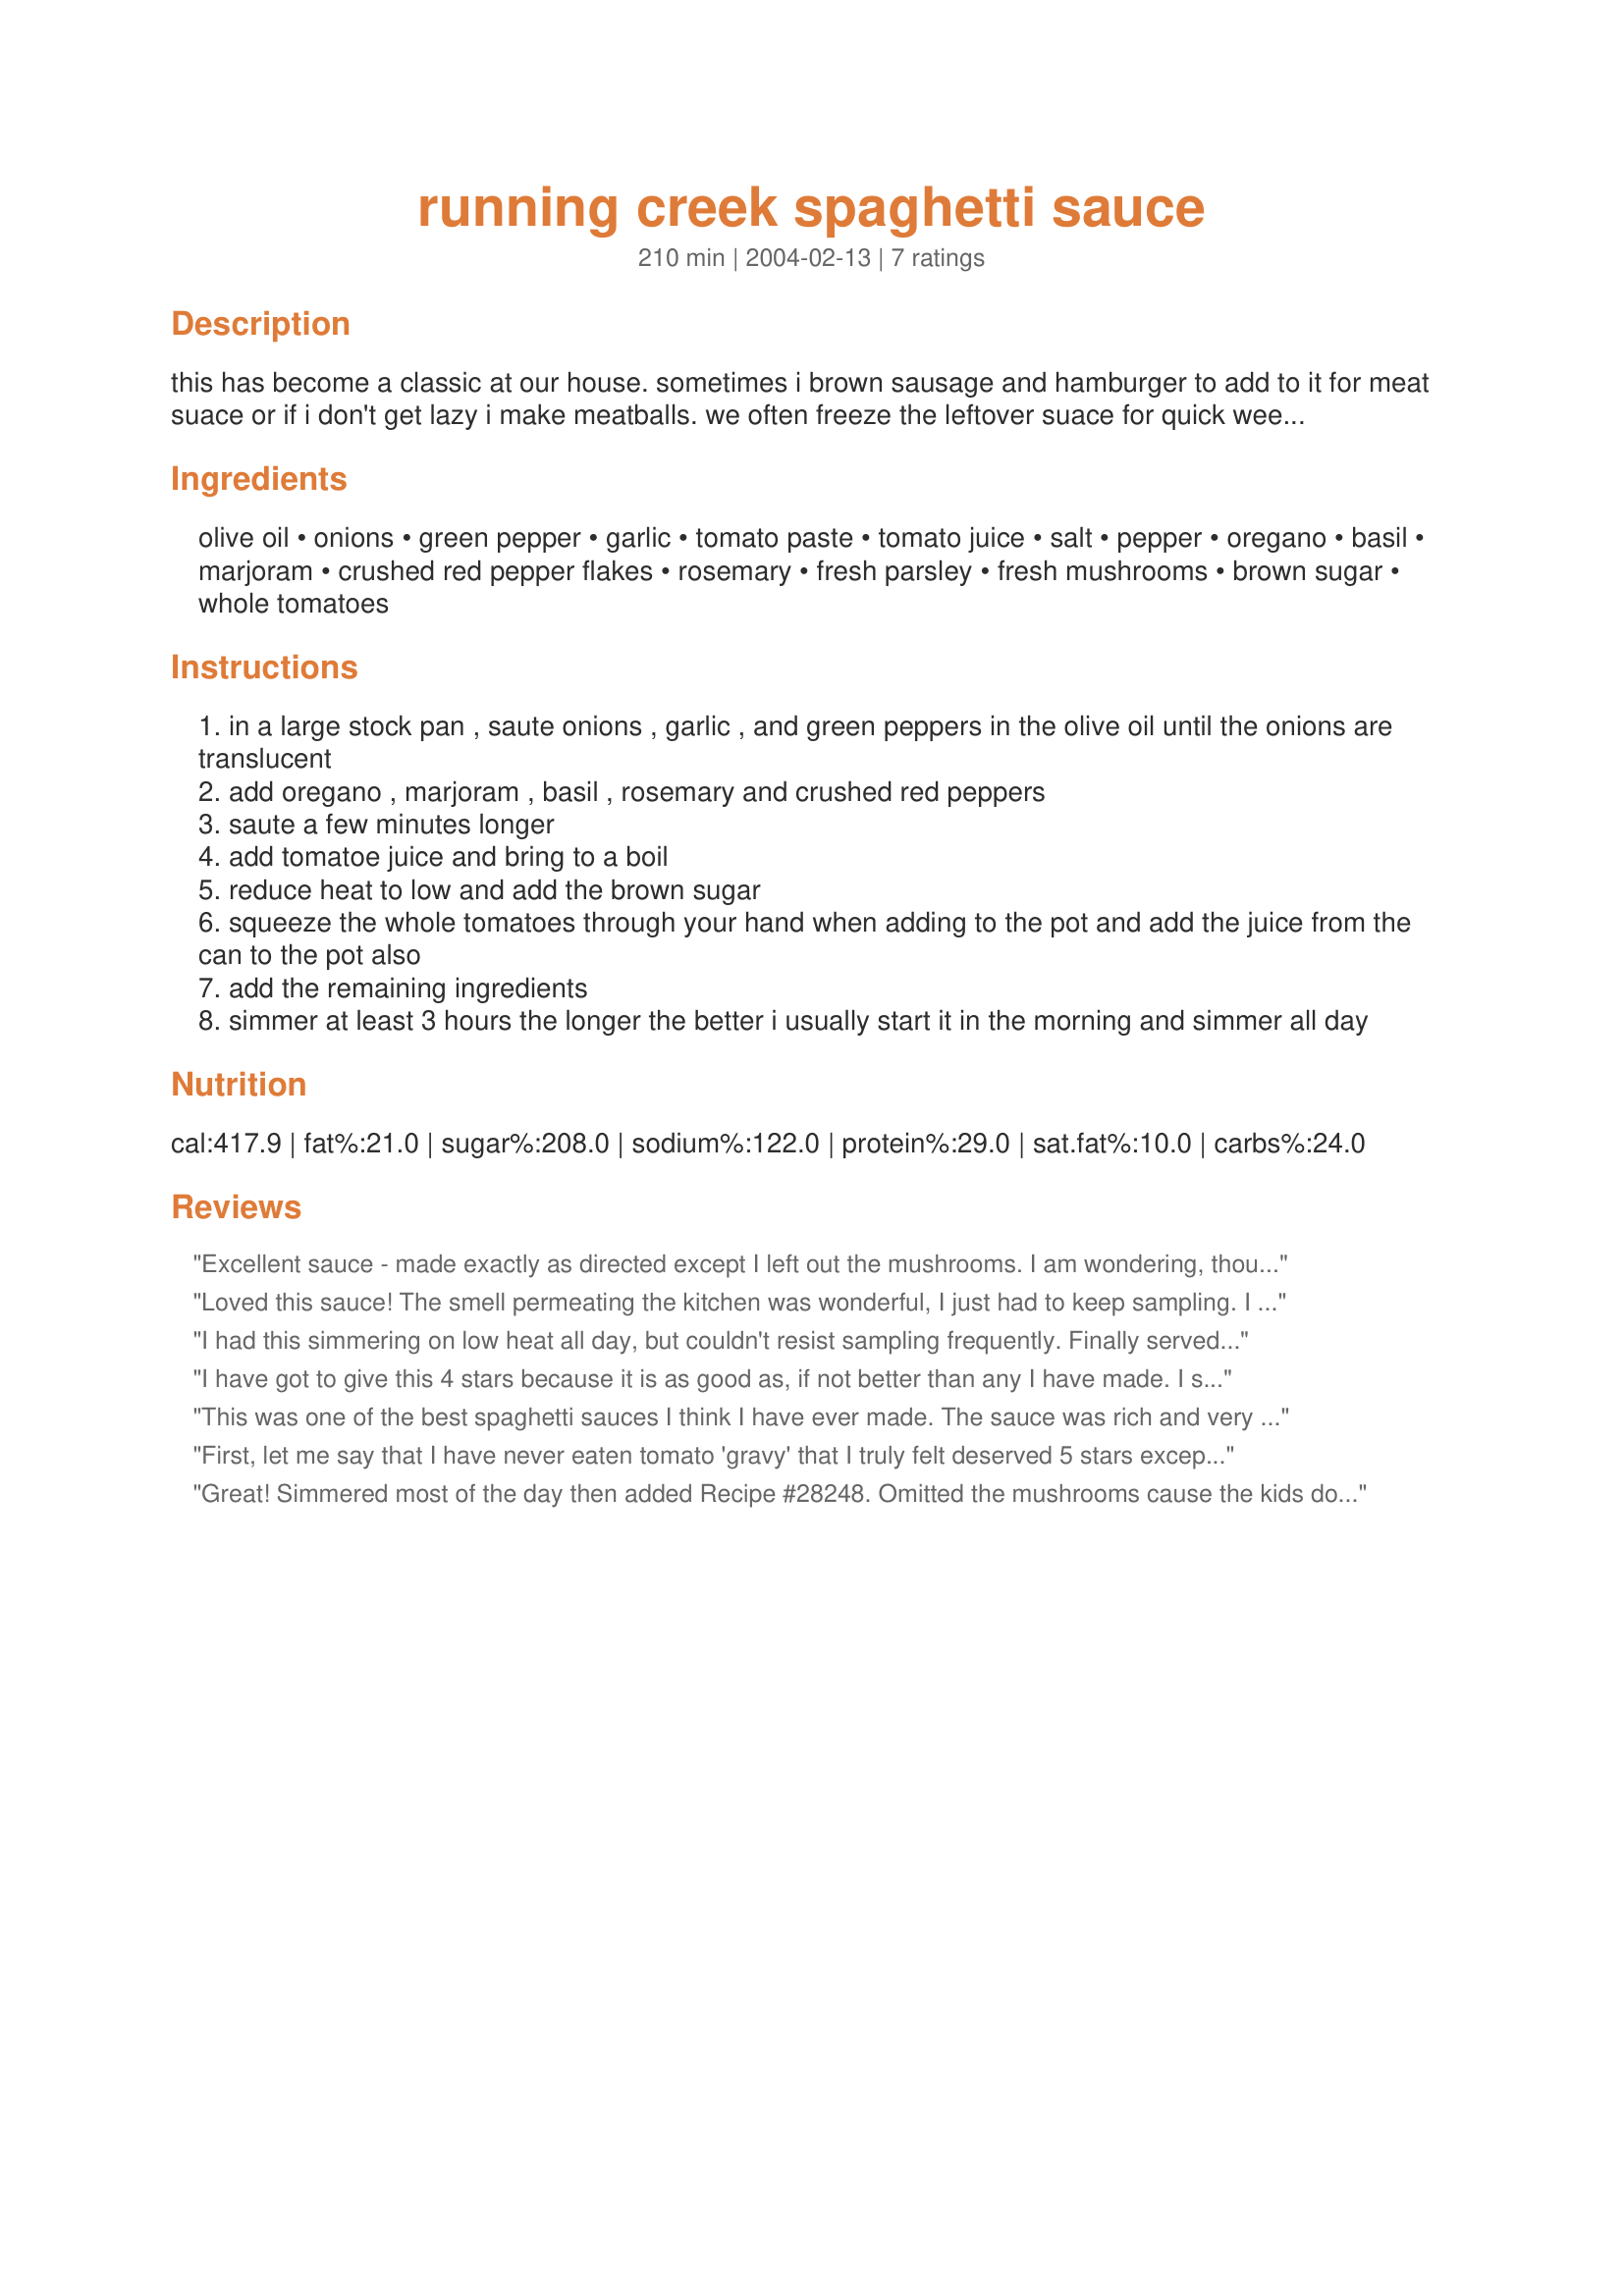
running creek spaghetti sauce
Preparation time: 210 minutes

this has become a classic at our house. sometimes i brown sausage and hamburger to add to it for meat suace or if i don't get lazy i make meatballs. we often freeze the leftover suace for quick weekday meals.

Ingredients:
olive oil, onions, green pepper, garlic, tomato paste, tomato juice, salt, pepper, oregano, basil, marjoram, crushed red pepper flakes, rosemary, fresh parsley, fresh mushrooms, brown sugar, whole tomatoes

Steps:
in a large stock pan , saute onions , garlic , and green peppers in the olive oil until the onions are translucent
add oregano , marjoram , basil , rosemary and crushed red peppers
saute a few minutes longer
add tomatoe juice and bring to a boil
reduce heat to low and add the brown sugar
squeeze the whole tomatoes through your hand when adding to the pot and add the juice from the can to the pot also
add the remaining ingredients
simmer at least 3 hours the longer the better i usually start it in the morning and simmer all day

Reviews:
Excellent sauce - made exactly as directed except I left out the mushrooms. I am wondering, though, is the fresh parsley necessary? I didn't notice the taste of it and went out to buy it specifically. Next time I'll try dried to see if I can taste the difference. I also might leave out the green pepper as my family is not a fan (although no one complained). Thank you for sharing your recipe!
Loved this sauce! The smell permeating the kitchen was wonderful, I just had to keep sampling. I love this recipe because of all the spices. The only thing I changed, was I only used 1/2 pound of mushrooms and that was only because I am not a fan of the fungi but my husband is, so I met him halfway on the amount. Thanks for another great recipe, Roger!
I had this simmering on low heat all day, but couldn't resist sampling frequently. Finally served it over fettucini mixed with steamed zucchini and peppers. Absolutely superb--I plan to keep this as my "company" pasta sauce. Used no meat this time, but I look forward to trying it with beef or sausage.
I have got to give this 4 stars because it is as good as, if not better than any I have made. I still am looking for that one that knocks my socks off. My cousin used to live with me and she made one that did. She's just KookY and I can't seem to get the recipe from her. Or is she smart??? Anyway this is very good, just not as good as hers. So 4 stars.
This was one of the best spaghetti sauces I think I have ever made. The sauce was rich and very flavorful. Had a wonderful blend of spices. I made the first batch making only half the recipe but ended up testing it so much during the day I had to make the other half. Made the second batch with 1 pound of hamburger meat, just to see if it made any difference, but it didn't add much at all to this wonderful recipe. Thanks Roger for a great recipe.
First, let me say that I have never eaten tomato 'gravy' that I truly felt deserved 5 stars except in Italy. In this case, 4 stars should be considered a rave review! After simmering most of the day, the sauce was deep and rich in flavor and absolutely delicious! I served it to a group of my children's friends --twentysomethings who appreciate good food. Two of them (whose mothers are wonderful cooks) said it was the best they'd ever had. One (whose mother can't cook a lick) asked if, despite his age, I'd consider adopting him. :) 

Safe to say they loved it, Roger. Thanks so much for sharing!!!


Great! Simmered most of the day then added Recipe #28248. Omitted the mushrooms cause the kids don't eat them. Guess I got distracted cause I added a third can of diced tomatoes (rather than whole) by mistake and added a cup of wine, again by mistake, because apparently I hallucinated those parts of the recipe LOL. It was still wonderful! Thanks for sharing the recipe!
